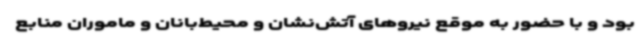
بود و با حضور به موقع نیروهای آتش‌نشان و محیط‌بانان و ماموران منابع